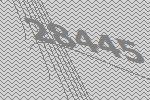
28445